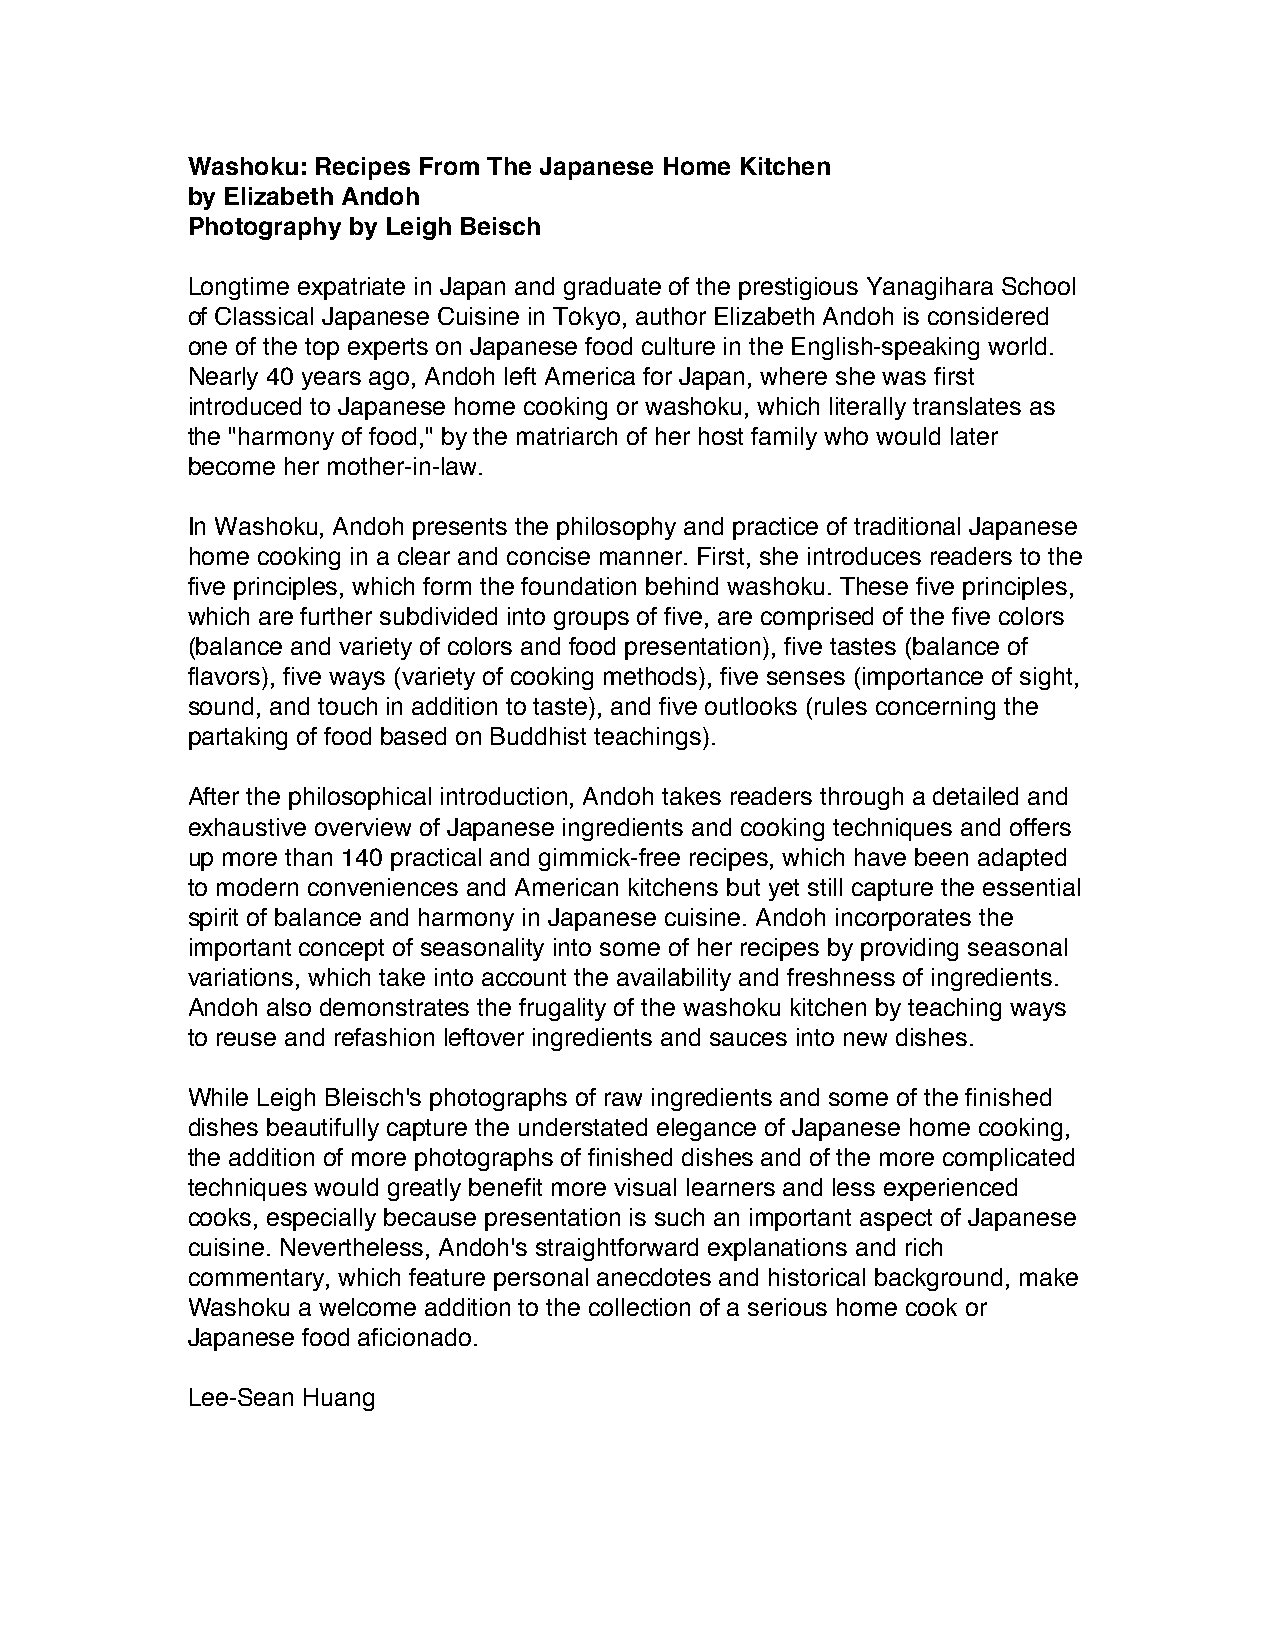
Washoku: Recipes From The Japanese Home Kitchen
 by Elizabeth Andoh
 Photography by Leigh Beisch
 Longtime expatriate in Japan and graduate of the prestigious Yanagihara School
 of Classical Japanese Cuisine in Tokyo, author Elizabeth Andoh is considered
 one of the top experts on Japanese food culture in the English-speaking world.
 Nearly 40 years ago, Andoh left America for Japan, where she was first
 introduced to Japanese home cooking or washoku, which literally translates as
 the "harmony of food," by the matriarch of her host family who would later
 become her mother-in-law.
 In Washoku, Andoh presents the philosophy and practice of traditional Japanese
 home cooking in a clear and concise manner. First, she introduces readers to the
 five principles, which form the foundation behind washoku. These five principles,
 which are further subdivided into groups of five, are comprised of the five colors
 (balance and variety of colors and food presentation), five tastes (balance of
 flavors), five ways (variety of cooking methods), five senses (importance of sight,
 sound, and touch in addition to taste), and five outlooks (rules concerning the
 partaking of food based on Buddhist teachings).
 After the philosophical introduction, Andoh takes readers through a detailed and
 exhaustive overview of Japanese ingredients and cooking techniques and offers
 up more than 140 practical and gimmick-free recipes, which have been adapted
 to modern conveniences and American kitchens but yet still capture the essential
 spirit of balance and harmony in Japanese cuisine. Andoh incorporates the
 important concept of seasonality into some of her recipes by providing seasonal
 variations, which take into account the availability and freshness of ingredients.
 Andoh also demonstrates the frugality of the washoku kitchen by teaching ways
 to reuse and refashion leftover ingredients and sauces into new dishes.
 While Leigh Bleisch's photographs of raw ingredients and some of the finished
 dishes beautifully capture the understated elegance of Japanese home cooking,
 the addition of more photographs of finished dishes and of the more complicated
 techniques would greatly benefit more visual learners and less experienced
 cooks, especially because presentation is such an important aspect of Japanese
 cuisine. Nevertheless, Andoh's straightforward explanations and rich
 commentary, which feature personal anecdotes and historical background, make
 Washoku a welcome addition to the collection of a serious home cook or
 Japanese food aficionado.
 Lee-Sean Huang